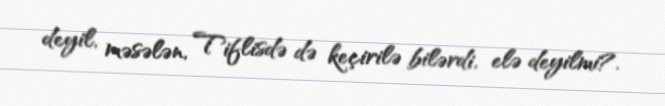
deyil, məsələn, Tiflisdə də keçirilə bilərdi, elə deyilmi?.